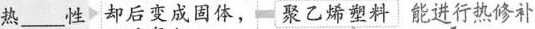
热\underline性 却后变成固体， 聚乙烯塑料能进行热修补